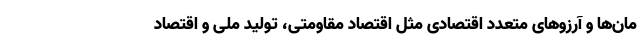
مان‌ها و آرزوهای متعدد اقتصادی مثل اقتصاد مقاومتی، تولید ملی و اقتصاد